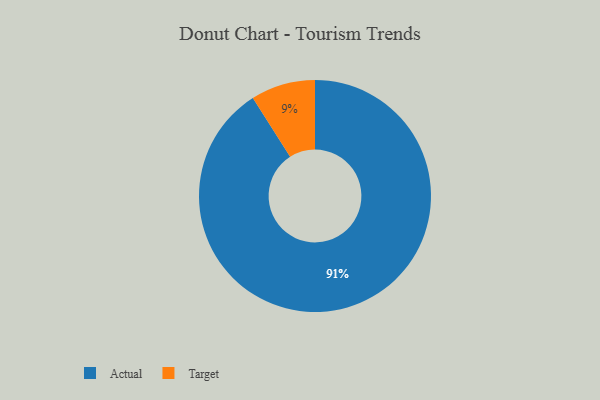
{"axis": {"x": "Category", "y": "Percentage"}, "legend": ["Actual", "Target"], "data": [{"x": "Actual", "y": 91, "type": "Actual"}, {"x": "Target", "y": 9, "type": "Target"}]}